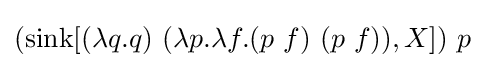
(\operatorname {sink} [(\lambda q.q)\ (\lambda p.\lambda f.(p\ f)\ (p\ f)),X])\ p